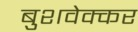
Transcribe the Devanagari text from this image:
बुशवेक्कर